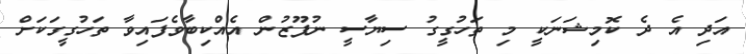
އަދި އެ ދެ ކޮމިޝަނަކީ މި ތަހުގީގު ސިޔާސީ ނުފޫޒުން އެއްކިބާވެފައިވާ ތަހުގީގަކަށް